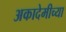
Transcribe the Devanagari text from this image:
अकादेमीच्या